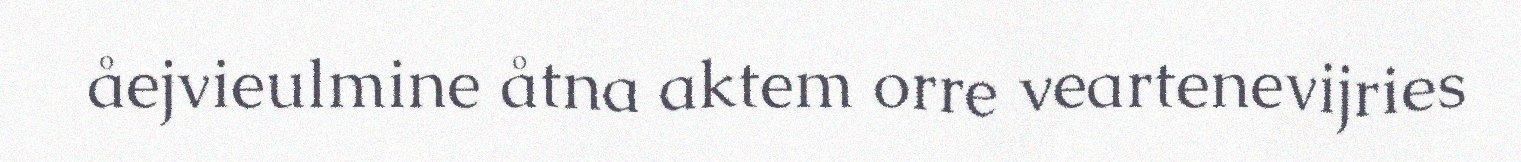
åejvieulmine åtna aktem orre veartenevijries